Report of the Indian Hemp Drugs Commission, 1894-1895 - Volume VII
Year: 1894
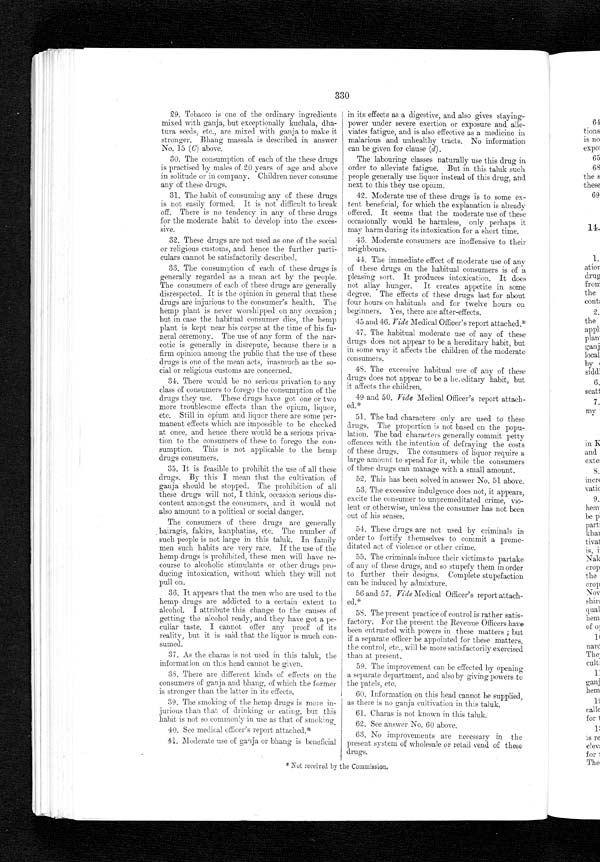
331
64. I have no objections to the existing regula-
tions governing the. import of these drugs. As there
is no cultivation of ganja in this taluk, there is no
exportation of the same.
65 to 67. I am unable to solve these satisfactorily.
68 No houses or shops have been licensed for
the sale of these drugs or their preparations where
these may be consumed on the premises.
69. The wishes of the people are not consulted
for the opening of shops. The shops are opened
from information obtained from the contractors as
to the sale of these drugs ; but the public conveni-
ence is always looked to in opening them.
70. The ganja is always imported from other
provinces on a pass after the duty has been paid.
There is no general use of untaxed drugs in this
taluk.
14. Evidence of LAXMAN GOPAL DESHPANDE, Brahmin, Naib Tahsildar, Mangrul
Taluk, District Basim.
1. I have had opportunities. of obtaining inform-
ation regarding the matters connected with hemp
drugs, in regard to which my answers are framed
from the persons addicted to the hemp drugs and
the cultivators of the plant, whenever I came in
contact with them.
2. The said definitions can be accepted, except
the definition of ganja. The name of bhang is
applied to the dry leaves of cultivated female hemp
plants. There are only two varieties known of
ganja—flat ganja and chur ganja. Ganja is
locally known by ganja. Charas is locally known
by charas. Bhang is locally known by bhang,
siddhi, and gadada.
6. The growth of the wild hemp is ordinarily
scattered.
7. There is a cultivation of the hemp plant in
my province—
(a) for production of ganja,
(c) for use of bhang,
in Khamgaon and Pimpri in the Khamgaon taluk
and Sutal in the Malkapur taluk to the slight
extent.
8. There has not recently been any considerable
increase or decrease in the area under such culti-
vation.
9. The cultivators are to procure seeds of the
hemp plant outside of the province. The soil is to
be ploughed down. It requires sufficient manure,
particularly that of cowdung. The process of the
kharif crop is generally followed in the hemp cul-
tivation. The seeds are sown rather late, that
is, in the months of July and August (in the
Nakshatras of Punarwasu and. Pusha). The hemp
crop requires, besides
the rain, well water, from
the Hasta Nakshatra, three times a day. The
crop is ready for being reaped in the months of
November and December (in the month of Marga-
shirsha). To have the crop more stimulative in its
quality the cultivators open the lower part of the
hemp plant, put in the part open needful quantity
of opi um, and t hen bi end i t over ver y t i ght .
10. The persons who cultivate hemp for its
narcotic properties don't form a special class.
They are of the same classes as other agricultural
cultivators.
11. The plants cultivated for the production of
ganja are never raised from the seed of the wild
hemp.
12. I have no reason to suppose that the (so-
called) wild hemp is anywhere specially cultivated
for the production of ganja.
13. The cultivation of the hemp plant for ganja
is restricted throughout the whole province. The
elevated pandhari soil close to villages is necessary
f or t he cul t i vat i on of hemp f or pr oduci ng ganj a.
The soil from which opium crops were used to be
vol, vii,
taken suited best for ganja crop without any
manure. There is no part of my province where
its cultivation would be impossible.
14. The following products are prepared in my
province : —
(a) Ganja ;
(c) Bhang.
For the answer of the latter part of the question,
vide answer to question No. 9, chapter 2.
15. As it is not known that ganja and bhang
are produced from the wild plant, so the distinc-
tion between the methods of preparation from the
cultivated and the wild plant cannot be made.
The following is the method of preparing the above
products : When the hemp crop is ready to be
reaped, cultivators cut off buds with leaves. They
heap the buds with leaves on the surface of the
earth and tread them under foot. The leaves form
bhang, and buds ganja. Buds are put in the water
and after a few minutes they are taken out and
cleared of the dirt they contain. Thus they are
prepared for smoking. The leaves are reduced
to powder, and the powder thus made is used for
eating and drinking.
16. Bhang is not generally prepared by the
people in their houses. It call be prepared from
the hemp plant wherever grown. Ganja cannot
be prepared from the wild plant wherever grown.
17. The preparations of ganja and bhang are
made by the cultivators of the hemp.
18. The drugs (ganja and bhang) do deteriorate
by keeping. They quite lose their effects in time.
They do not keep good more than two years with
ordinary care. I don't know the causes of deterior-
ation. To prevent deterioration they should not
be affected from moisture and rats.
19 Ganja is used for smoking. Chur ganja is
used also for eating and drinking instead of bhang,
when tile latter is not available.
20. The classes of the people that smoke ganja
are mainly formed of travellers, bairagis,
fakirs
gosawis, Raj puts, Brahmins, Kunbis, Marwaris,
throughout the whole province. Their number on
an average probably will come to 20 per thousand.
21. The flat ganja is preferred for smoking.
23. Bhang is sometimes used for smoking when
ganja is not available to the hands of the poorer
classes of the people.
24. Throughout the whole province Brahmins,
Rajputs, Marwaris, bairagis, gosawis, etc., do eat
or drink bhang. The number of consumers will
come to 10 per thousand.
25. The use of ganja and bhang is on the in-
crease. The reason is that the number of the
shops of these drugs is much incr
e a s e d o n t h e r e -
commendation of contractors wherever needed.
2 Y2